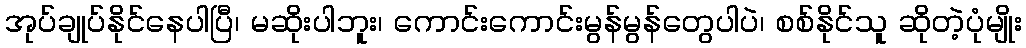
အုပ်ချုပ်နိုင်နေပါပြီ၊ မဆိုးပါဘူး၊ ကောင်းကောင်းမွန်မွန်တွေပါပဲ၊ စစ်နိုင်သူ ဆိုတဲ့ပုံမျိုး